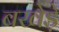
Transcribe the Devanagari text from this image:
बखेड़े